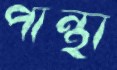
পান্থা